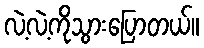
လဲ့လဲ့ကိုသွားပြောတယ်။